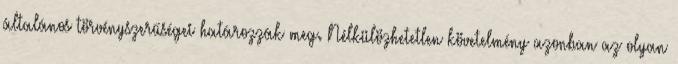
általános törvényszerűségei határozzák meg. Nélkülözhetetlen követelmény azonban az olyan